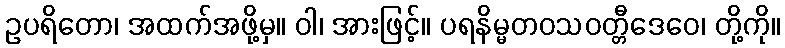
ဥပရိတော၊ အထက်အဖို့မှ။ ဝါ၊ အားဖြင့်။ ပရနိမ္မတဝသဝတ္တီဒေဝေ၊ တို့ကို။